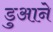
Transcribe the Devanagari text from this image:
डुआने